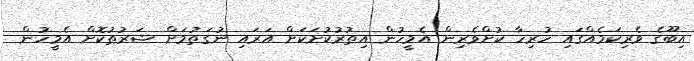
އިބޫގެ ވެރިކަމެއްގައި ހުރިހާ ކުށްވެރިން އެމީހުން އިތުރުކުށަކަށް އަރައި ނުގަތުމަށް ޝަރުޠުކޮށް އެމީހުން